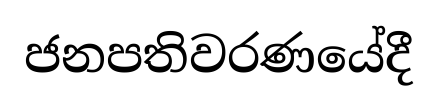
ජනපතිවරණයේදී